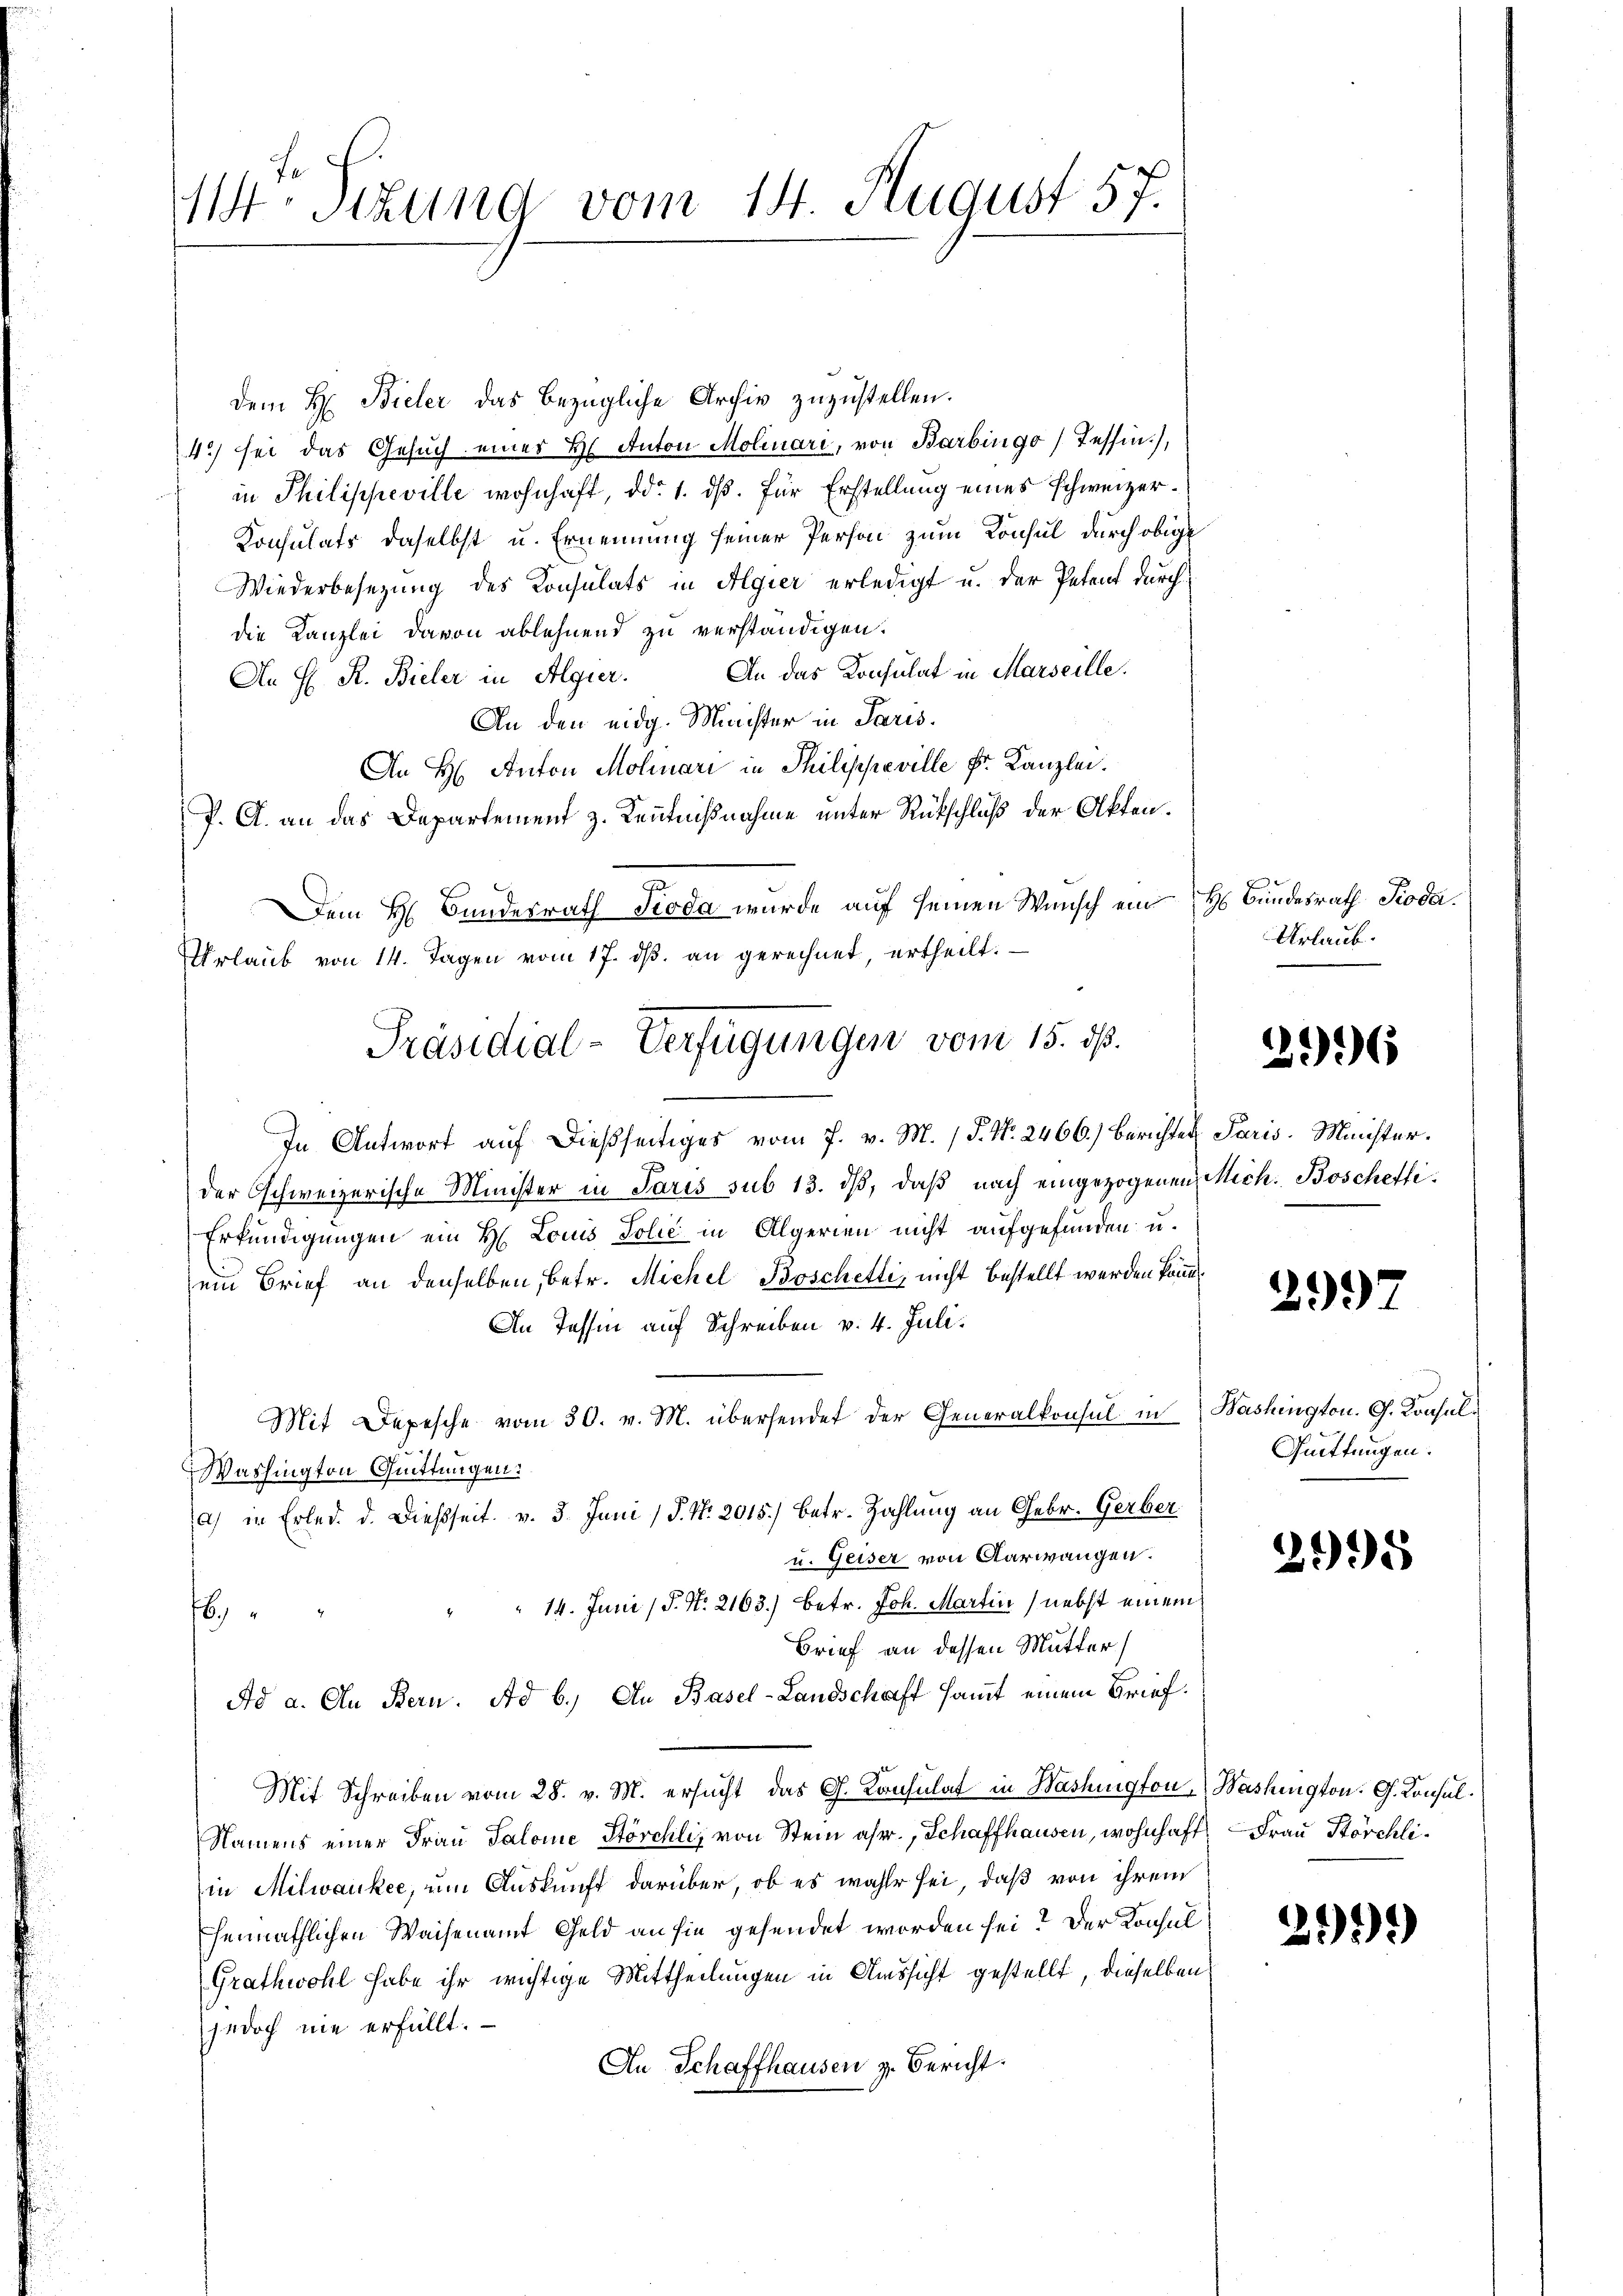
1Stzung vom 14. August 57.

dem H: Bieler das bezügliche Archiv zuzustellen.
4.) sei das Gesuch eines H. Anton Molinari, von Barbingo) Tessin.),
in Philippeville wohnhaft, ddo 1. dß. für Erstellung eines schweizer¬
Konsulats daselbst u. Ernennung seiner Person zum Konsul durch obige
Wiederbesezung des Konsulats in Algier erledigt u. der Petent durchdie Kanzlei davon ablehnend zu verständigen.
An das Konsulat in Marseille.
An H. R. Bieler in Algier.
An den eidg. Minister in Paris.
An H: Anton Molinari in Philippeville Fr. Kanzlei.
P. A. an das Departement z. Kenntnißnahme unter Rückschluß der Akten.
Dem H. Bundesrath Pioda wurde auf seinen Wunsch ein Hs. Bundesrath Pioda.
Urlaub von 14. Tagen vom 17. dβ an gerechnet, ertheilt:
In Antwort auf dießseitiges vom 7. v. M. / P. Nr. 2466.) Berichtet Paris Minister.
der Oschweizerische Minister in Paris sub 13. dβ, daß nach eingezogenen Mich. Boschefti¬
Erkundigungen ein H. Louis Polić in Algerien nicht aufgefunden u.
ein Brief an denselben, betr. Michel Boschetti, nicht bestellt werden könn
An Tessin auf Schreiben v. 4. Juli.
Mit Depesche vom 30. v. M. übersendet der Generalkonsul in Washington. G. Konsulc
Washington Quittungen.
a) in Erled. d. dießseit v. 3. Juni / P. Nr. 2015.) Betr. Zahlung an Gebr. Gerber
u. Geiser von Aarwangen.
" " 14. Juni / P. Nr. 2163.) Betr. Joh. Martin nebst einem
6
Brief an dessen Mutter
Ad a. An Bern. Ad b.) An Basel-Landschaft samt einem Brief.
Mit Schreiben vom 28. v. M. ersucht das G. Konsulat in Washington Washington. G. Konsul¬
Namens einer Frau Salome Störchli, von Stein aher, Schaffhausen, wohnhaft Frau Böschliin Milwankee, um Auskunft darüber, ob es wahle sei, daß von ihrem
Ehennathlichen Waisenamt Geld an sie gesendet worden sei? Der Konsul¬
Grathwohl habe ihr wichtige Mittheilungen in Aussicht gestellt, dieselben
jedoch nie erfüllt.
An Schaffhausen z. Bericht.

Präsidial-Verfügungen vom 15. ds.

Urlaub.

1

6

299

Quittungen.

3995

299)